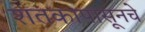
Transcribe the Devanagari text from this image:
शतकापासूनचे